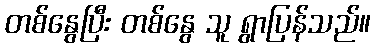
တစ်နွေပြီး တစ်နွေ သူ ရွာပြန်သည်။